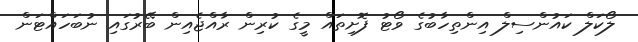
ލޯކަލް ކައުންސިލް އިންތިހާބުގެ ވޯޓު ފޮށިތައް މީގެ ކުރިން ރާއްޖެއިން ބޭރުގައި ނުބަހައްޓަން